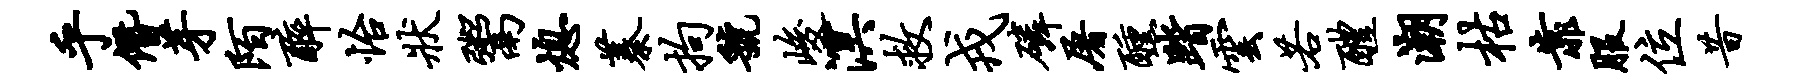
乎僭芽陌醉怡状鬻熄蓁拘虢峻溟救戎磷屠醺踏云若醴潮枯靠服位昔